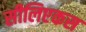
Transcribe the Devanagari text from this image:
सीलिएकस